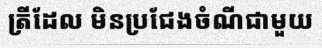
ត្រីដែល មិនប្រជែងចំណីជាមួយ